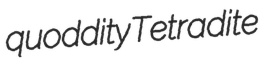
quoddity Tetradite